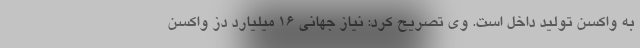
به واکسن تولید داخل است. وی تصریح کرد: نیاز جهانی ۱۶ میلیارد دُز واکسن